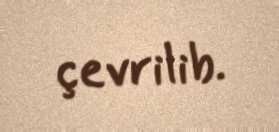
çevrilib.